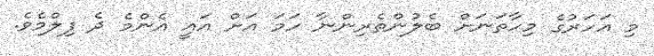
މި އަހަރުގެ މިހާތަނަށް ބެލުންތެރިންނާ ހަމަ އަށް އައީ އެންމެ ދެ ފިލްމެވެ.